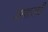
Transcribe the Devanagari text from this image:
वेष्टणासाठी